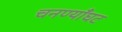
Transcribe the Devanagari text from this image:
चनण्याँघट